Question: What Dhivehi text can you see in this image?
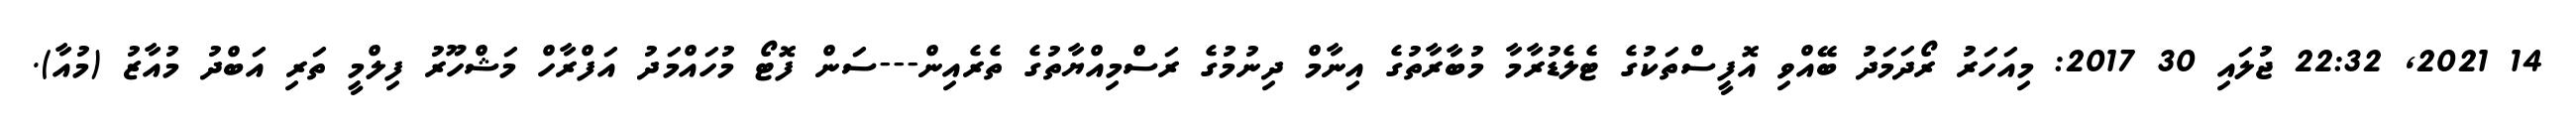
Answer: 14 2021, 22:32 ޖުލައި 30 2017: މިއަހަރު ރޯދަމަދު ބޭއްވި އޮފީސްތަކުގެ ޓެލެޑުރާމާ މުބާރާތުގެ އިނާމް ދިނުމުގެ ރަސްމިއްޔާތުގެ ތެރެއިން---ސަން ފޮޓޯ މުހައްމަދު އަފްރާހް މަޝްހޫރު ފިލްމީ ތަރި އަބްދު މުއާޒު (މުއާ).